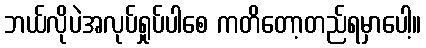
ဘယ်လိုပဲအလုပ်ရှုပ်ပါစေ ကတိတော့တည်ရမှာပေါ့။